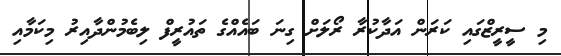
މި ސީރީޒްގައި ކަރަން އަދާކުރާ ރޯލަށް ގިނަ ބައެއްގެ ތައުރީފް ލިބެމުންދާއިރު މިކަމާއި